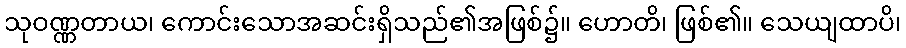
သုဝဏ္ဏတာယ၊ ကောင်းသောအဆင်းရှိသည်၏အဖြစ်၌။ ဟောတိ၊ ဖြစ်၏။ သေယျထာပိ၊